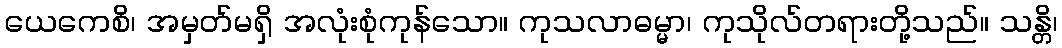
ယေကေစိ၊ အမှတ်မရှိ အလုံးစုံကုန်သော။ ကုသလာဓမ္မာ၊ ကုသိုလ်တရားတို့သည်။ သန္တိ၊